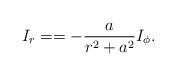
LaTeX: \begin{align*}I_r = = - \frac a {r^2 + a^2} I_\phi.\end{align*}